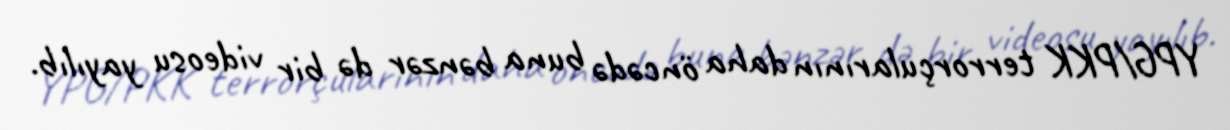
YPG/PKK terrorçularının daha öncədə buna bənzər də bir videosu yayılıb.